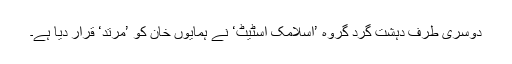
دوسری طرف دہشت گرد گروہ ’اسلامک اسٹیٹ‘ نے ہمایوں خان کو ’مرتد‘ قرار دیا ہے۔